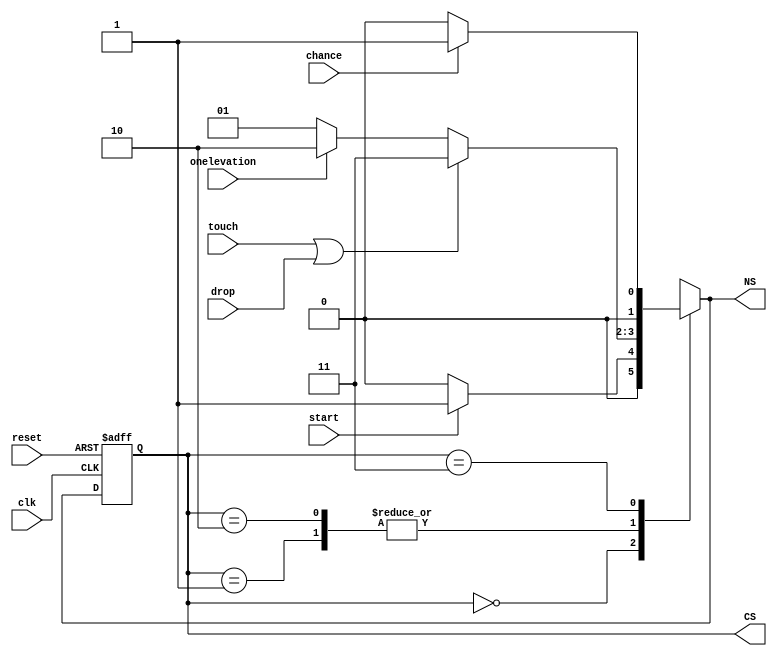
module state(NS, CS, reset, clk, chance, touch, drop, onelevation, start);
input clk, reset, start, onelevation, touch, drop, chance;
output reg [1:0]CS;
output reg [1:0]NS;
parameter Stop = 2'b00, Movement = 2'b01 , Elevation = 2'b10, Die = 2'b11;
always @(posedge clk or posedge reset) begin: SEQ
    if (reset)
        CS <= Stop;
        else
        CS <= NS;
    end
always @(*) begin: COMB
    NS = Stop;
    case (CS)
        Stop: begin
            if (start)
            NS = Movement;
        else
            NS = Stop;
        end
        Movement: begin
            if (touch || drop)
                NS = Die;
            else if (onelevation)
                NS = Elevation;
            else
                NS = Movement;
        end
        Elevation: begin
            if (touch || drop)
                NS = Die;
            else if (!onelevation)
                NS = Movement;
            else
                NS = Elevation;
            end
        Die: begin
            if (chance != 0)
                NS = Movement;
            else
            NS = Stop;
        end
    endcase
end
endmodule